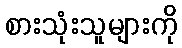
စားသုံးသူများကို